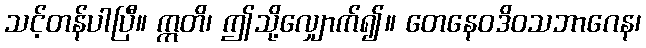
သင့်တန်ပါပြီ။ ဣတိ၊ ဤသို့လျှောက်၍။ တေနေဝဒိဝသဘာဂေန၊